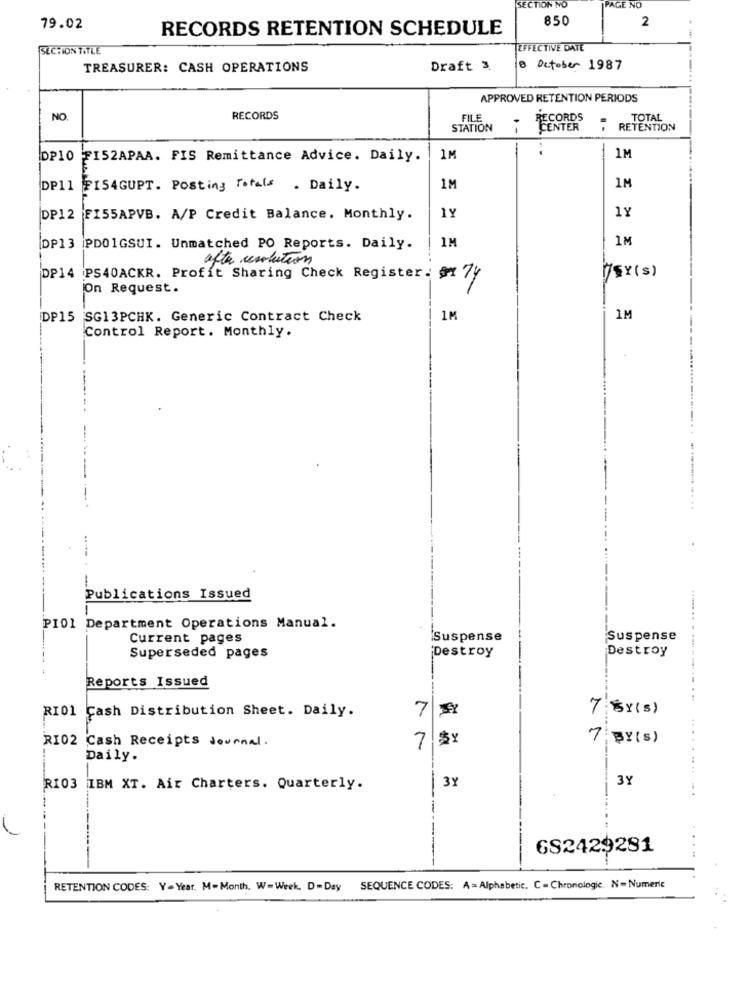
SECTION NO
PAGE NO
850
79.02
RECORDS RETENTION SCHEDULE
2
SECHION TITLE
TEFFECTIVE DATE
TREASURER: CASH OPERATIONS
Draft 3
6 October 1987
APPROVED RETENTION PERIODS
NO.
RECORDS
FILE
RECORDS
TOTAL
STATION
RETENTION
DP10 FI52APAA. FIS Remittance Advice. Daily.
1M
1M
DP11 154GUPT. Posting Totals . Daily.
1M
1M
1Y
DP12 FI55APVB. A/P Credit Balance. Monthly.
1Y
1M
1M
DP13 |PDO1GSUI. Unmatched PO Reports. Daily.
after resolution
/SY(s)
DP14 PS40ACKR. Profit Sharing Check Register : $x 7y
On Request.
DP15
SG13PCHK. Generic Contract Check
1M
1M
Control Report. Monthly.
Publications Issued
PIO1 Department Operations Manual.
Current pages
Suspense
Suspense
Destroy
Destroy
Superseded pages
Reports Issued
.-------
...
RI01
7
7:5x (3)
Cash Distribution Sheet. Daily.
RI02
Cash Receipts Journal .
7 3
7
BY(S)
...
Daily.
3Y
RI03 IBM XT. Air Charters. Quarterly.
3Y
GS2429281
RETENTION CODES: Y =Year. M- Month, W=Week. D=Day
SEQUENCE CODES: A =Alphabetic. C =Chronologic. N= Numeric